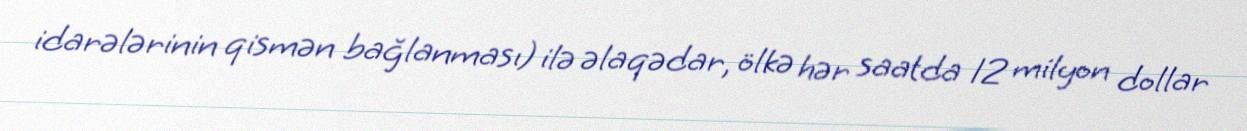
idarələrinin qismən bağlanması) ilə əlaqədar, ölkə hər saatda 12 milyon dollar